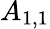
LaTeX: A_{1,1}